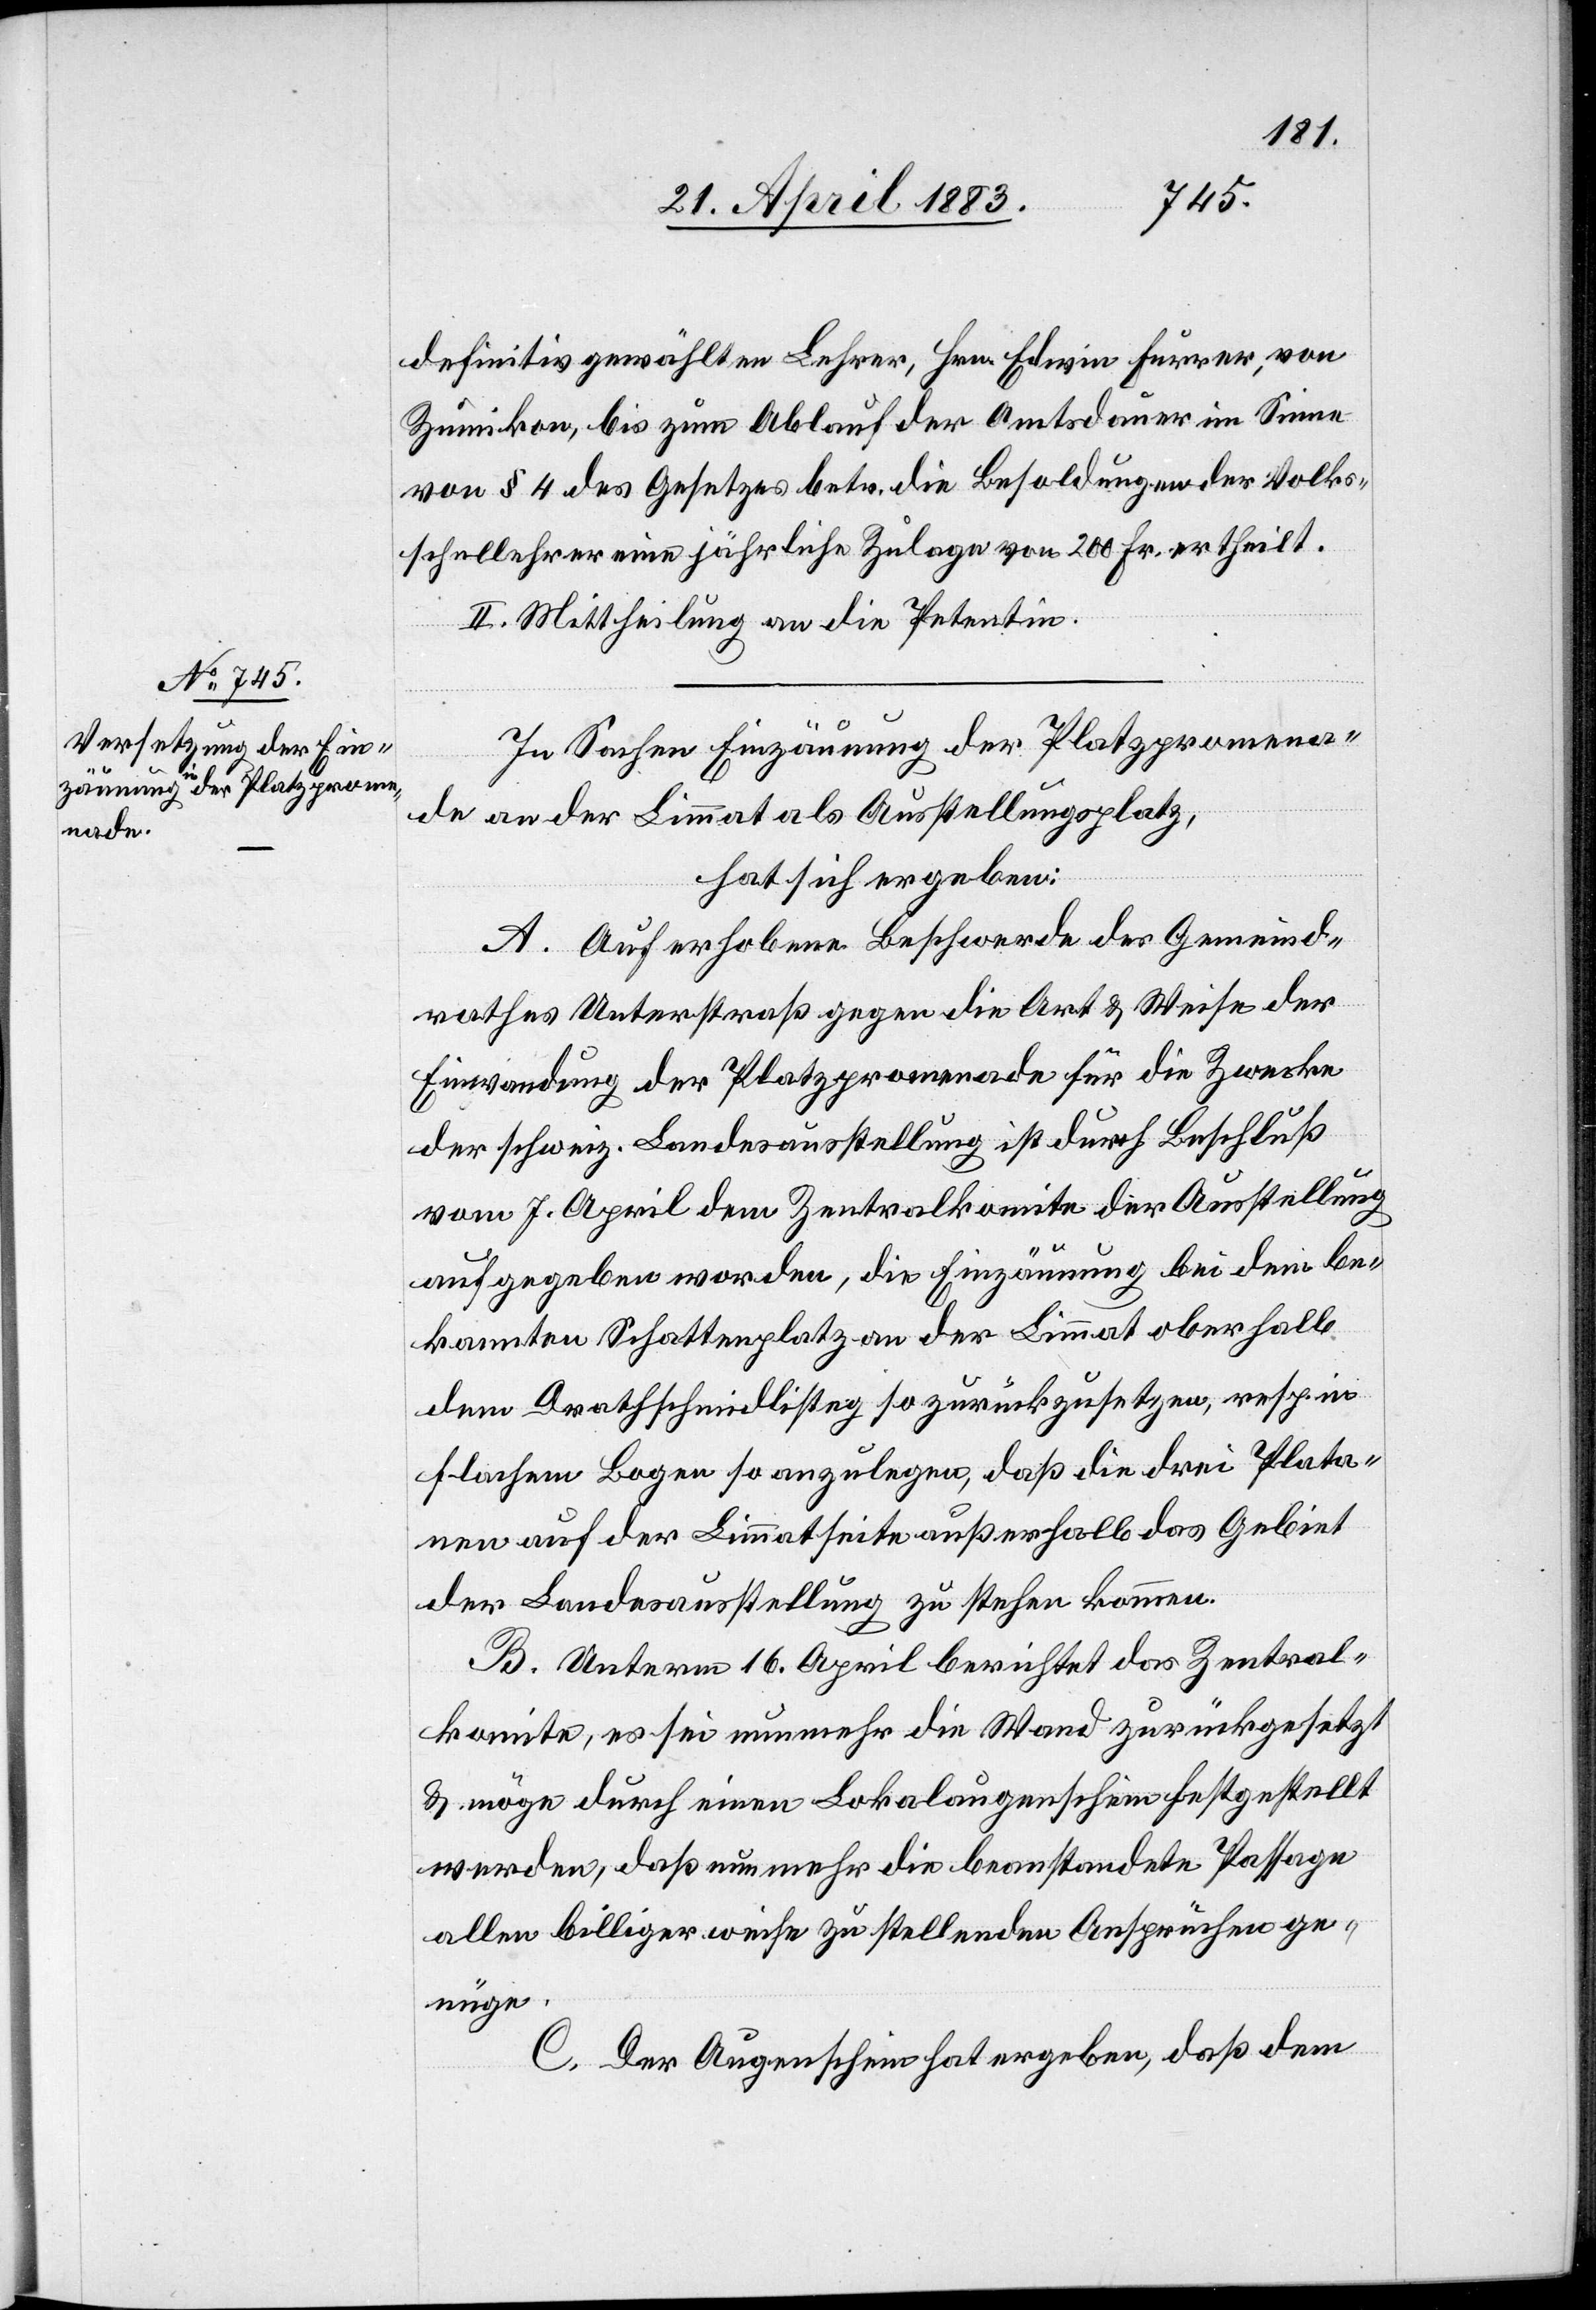
definitiv gewählten Lehrer, Hrn. Edwin Furrer, von
Zumikon, bis zum Ablauf der Amtsdauer im Sinne
von § 4 des Gesetzes betr. die Besoldungen der Volks¬
schullehrer eine jährliche Zulage von 200 Fr. ertheilt.
II. Mittheilung an die Petentin.
In Sachen Einzäumung der Platzpromena¬
de an der Limmat als Ausstellungsplatz,
hat sich ergeben:
A. Auf erhobene Beschwerde des Gemeind¬
rathes Unterstraß gegen die Art & Weise der
Einwandung der Platzpromenade für die Zwecke
der schweiz. Landesausstellung ist durch Beschluß
vom 7. April dem Zentralkomite der Ausstellung
aufgegeben worden, die Einzäumung bei dem be¬
kannten Schattenplatz an der Limmat oberhalb
dem Drathschmidlisteg so zurückzusetzen, resp. in
flachem Bogen so anzulegen, daß die drei Plata¬
nen auf der Limmatseite außerhalb das Gebiet
der Landesausstellung zu stehen kommen.
B. Unterm 16. April berichtet das Zentral¬
komite, es sei nunmehr die Wand zurückgesetzt
& möge durch einen Lokalaugenschein festgestellt
werden, daß nunmehr die beanstandete Passage
allen billigerweise zu stellenden Ansprüchen ge¬
nüge.
C. Der Augenschein hat ergeben, daß dem